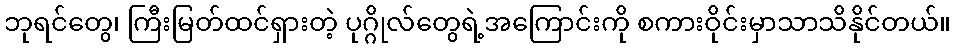
ဘုရင်တွေ၊ ကြီးမြတ်ထင်ရှားတဲ့ ပုဂ္ဂိုလ်တွေရဲ့အကြောင်းကို စကားဝိုင်းမှာသာသိနိုင်တယ်။